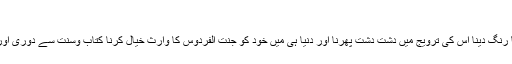
‘‘
ایسے واہیات تصورات کو دین کا رنگ دینا اس کی ترویج میں دشت دشت پھرنا اور دنیا ہی میں خود کو جنت الفردوس کا وارث خیال کرنا کتاب وسنت سے دوری اور شیطانی غلبے کا شاخسانہ ہے ۔